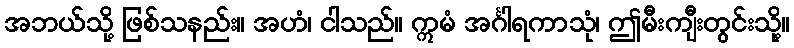
အဘယ်သို့ ဖြစ်သနည်း။ အဟံ၊ ငါသည်။ ဣမံ အင်္ဂါရကာသုံ၊ ဤမီးကျီးတွင်းသို့။